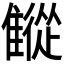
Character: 𩀨